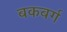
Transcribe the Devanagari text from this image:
बकबर्ग